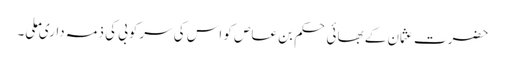
حضرت عثمان کے بھائی حکم بن عاص کو اس کی سرکوبی کی ذمہ داری ملی۔